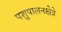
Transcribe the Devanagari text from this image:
पशुपालनक्षेत्रे